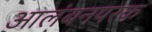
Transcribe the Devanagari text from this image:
आलंबनपरक